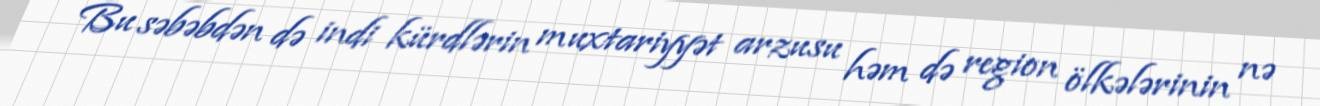
Bu səbəbdən də indi kürdlərin muxtariyyət arzusu həm də region ölkələrinin nə